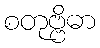
စတုဗ္ဗိဓာ